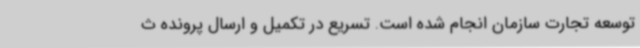
توسعه تجارت سازمان انجام شده است. تسریع در تکمیل و ارسال پرونده ث